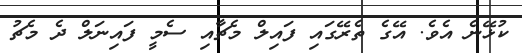
ކުޅޭނެ އެވެ. އޭގެ ތެރޭގައި ފައިލް މެޗާއި ސެމީ ފައިނަލް ދެ މެޗު